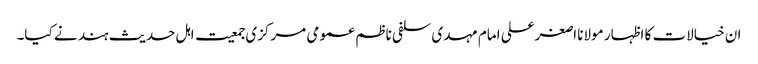
ان خیالات کا اظہار مولانا اصغرعلی امام مہدی سلفی ناظم عمومی مرکزی جمعیت اہل حدیث ہند نے کیا۔